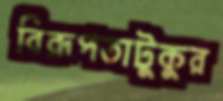
বিরূপতাটুকুর